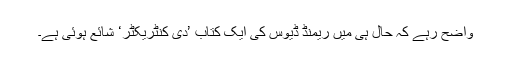
واضح رہے کہ حال ہی میں ریمنڈ ڈیوس کی ایک کتاب ’دی کنٹریکٹر‘ شائع ہوئی ہے۔